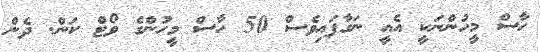
ހާސް މީހުންނަަކީ އެއީ ނަގާފައިވެސް 50 ހާސް މީހުންގެ ވޯޓް ކަން. ދެން